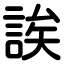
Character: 誒